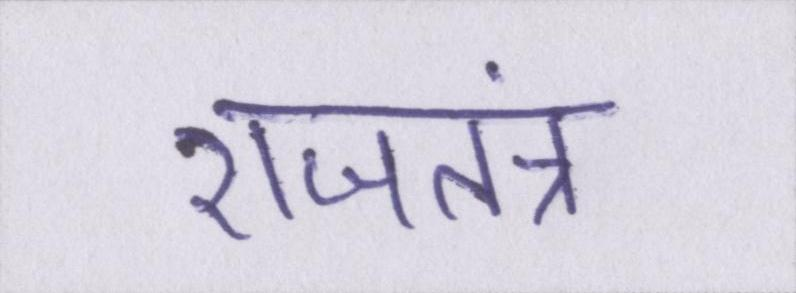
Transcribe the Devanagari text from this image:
राजतंत्र